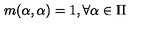
m ( \alpha , \alpha ) = 1 , \forall \alpha \in \Pi